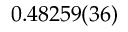
0 . 4 8 2 5 9 ( 3 6 )